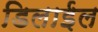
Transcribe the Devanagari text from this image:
डिलाईल